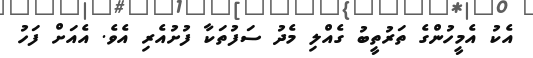
އެކު އެމީހުންގެ ތަރުތީބު ގެއްލި މެދު ސަފުތަކާ ފުށުއެރި އެވެ. އެއަށް ފަހު